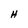
Character: H